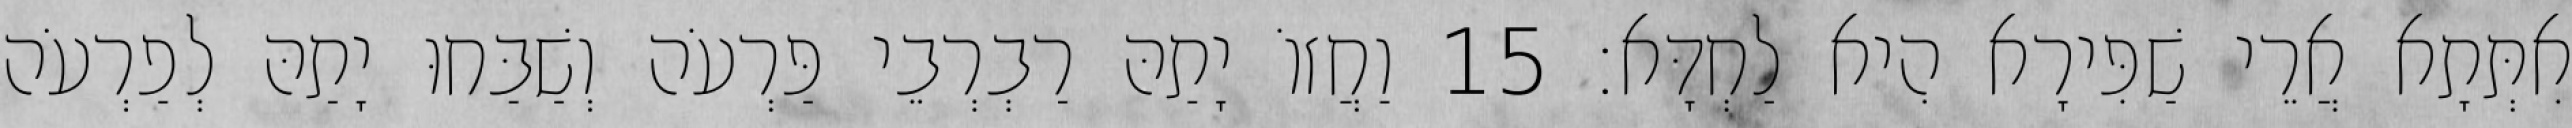
אִתְּתָא אֲרֵי שַׁפִּירָא הִיא לַחְדָּא׃ 15 וַחֲזוֹ יָתַהּ רַבְרְבֵי פַּרְעֹה וְשַׁבַּחוּ יָתַהּ לְפַרְעֹה